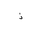
Letter: _thal